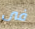
فى